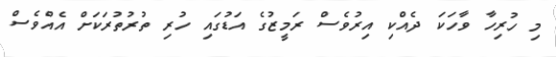
މި ހުރިހާ ވާހަކަ ދެއްކި އިރުވެސް ރަމީޒުގެ އަޑުގައި ހުރި ތުރުތުރަކަށް އެއްވެސް